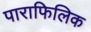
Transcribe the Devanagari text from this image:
पाराफिलिक